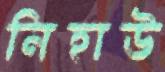
নিহাউ